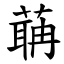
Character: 䔜